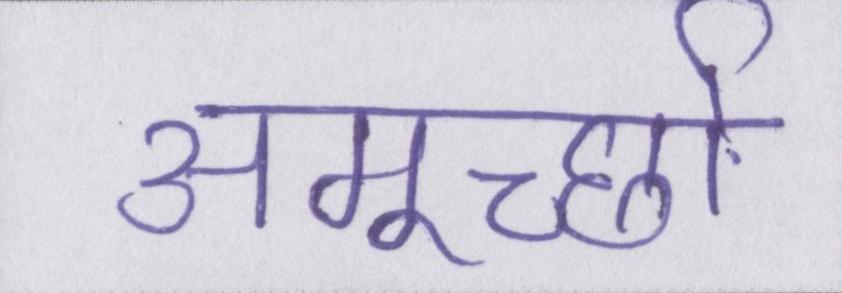
अमूर्च्छा